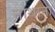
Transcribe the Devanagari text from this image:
नाथाना